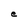
Character: e